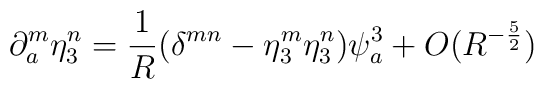
\partial^m_a \eta^n_3 = \frac{1}{R} (\delta^{mn} - \eta^m_3 \eta^n_3) \psi_a^3 + O(R^{-\frac{5}{2}})